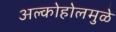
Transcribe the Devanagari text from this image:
अल्कोहोलमुळे